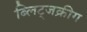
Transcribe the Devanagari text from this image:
ब्लिट्जक्रीग